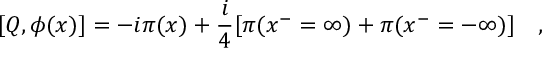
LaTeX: [ Q , \phi ( x ) ] = - i \pi ( x ) + \frac { i } { 4 } [ \pi ( x ^ { - } = \infty ) + \pi ( x ^ { - } = - \infty ) ] \quad ,